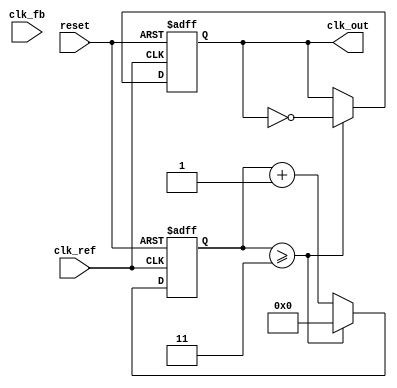
module cp_pll (
    input wire clk_ref,          // Reference clock input
    input wire clk_fb,           // Feedback clock input from VCO
    input wire reset,            // Reset signal
    output reg clk_out           // Output clock
);

// Parameters
parameter DIV_RATIO = 4;        // Feedback divider ratio
parameter CP_CURRENT_UP = 1;    // Charge pump current for UP signal
parameter CP_CURRENT_DOWN = 1;   // Charge pump current for DOWN signal
parameter VCO_MAX_FREQ = 100;    // Maximum VCO frequency
parameter VCO_MIN_FREQ = 10;      // Minimum VCO frequency

// Internal signals
reg up, down;
reg [7:0] charge_pump_output; // Charge pump output voltage (simplified)
reg [7:0] vco_control_voltage; // Control voltage for VCO
reg [7:0] vco_frequency;       // VCO frequency
reg [3:0] feedback_counter;     // Feedback divider counter

// Phase Frequency Detector (PFD)
always @(posedge clk_ref or posedge reset) begin
    if (reset) begin
        up <= 0;
        down <= 0;
    end else begin
        if (clk_ref && !clk_fb) begin
            up <= 1; // Reference clock leads feedback clock
            down <= 0;
        end else if (!clk_ref && clk_fb) begin
            up <= 0;
            down <= 1; // Feedback clock leads reference clock
        end else begin
            up <= 0;
            down <= 0; // No phase difference
        end
    end
end

// Charge Pump
always @(posedge clk_ref or posedge reset) begin
    if (reset) begin
        charge_pump_output <= 0;
    end else begin
        if (up) begin
            charge_pump_output <= charge_pump_output + CP_CURRENT_UP;
        end else if (down) begin
            charge_pump_output <= charge_pump_output - CP_CURRENT_DOWN;
        end
    end
end

// Loop Filter (simplified)
always @(posedge clk_ref or posedge reset) begin
    if (reset) begin
        vco_control_voltage <= 0;
    end else begin
        vco_control_voltage <= charge_pump_output; // Directly use charge pump output
    end
end

// Voltage-Controlled Oscillator (VCO)
always @(posedge clk_ref or posedge reset) begin
    if (reset) begin
        vco_frequency <= VCO_MIN_FREQ; // Initialize VCO frequency
    end else begin
        // Control VCO frequency based on control voltage
        if (vco_control_voltage > 128) begin
            vco_frequency <= VCO_MAX_FREQ; // Set to max frequency
        end else begin
            vco_frequency <= VCO_MIN_FREQ + (vco_control_voltage * (VCO_MAX_FREQ - VCO_MIN_FREQ) / 255);
        end
    end
end

// Feedback Divider
always @(posedge clk_ref or posedge reset) begin
    if (reset) begin
        feedback_counter <= 0;
        clk_out <= 0;
    end else begin
        feedback_counter <= feedback_counter + 1;
        if (feedback_counter >= DIV_RATIO - 1) begin
            clk_out <= ~clk_out; // Toggle output clock
            feedback_counter <= 0; // Reset counter
        end
    end
end

endmodule